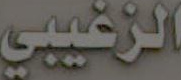
الزغيبي